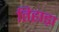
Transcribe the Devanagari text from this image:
तिहाड़ा